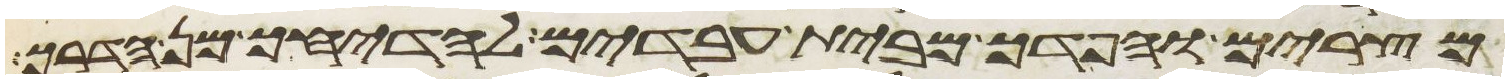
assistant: מצרים והפדך מבית עבדים להדיחך מן הדרך